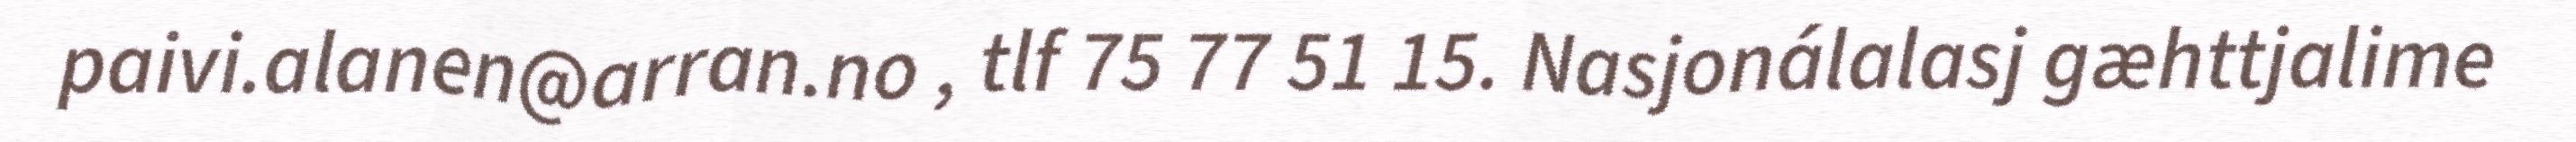
paivi.alanen@arran.no , tlf 75 77 51 15. Nasjonálalasj gæhttjalime